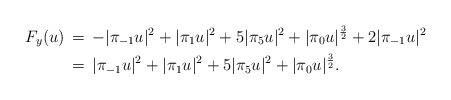
LaTeX: \begin{align*}F_y(u)\,&=\, - |\pi_{-1}u|^2 +|\pi_{1}u|^2 + 5|\pi_{5}u|^2 + |\pi_0 u|^\frac{3}{2} + 2|\pi_{-1}u|^2\\&=\, |\pi_{-1}u|^2 +|\pi_{1}u|^2 + 5|\pi_{5}u|^2 + |\pi_0 u|^\frac{3}{2}.\end{align*}